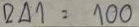
241 = 100